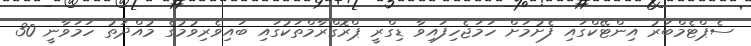
ސެޕްޓެމްބަރު އިންޓޭކްގައި ފެށުމަށް ހަމަޖެހިފައިވާ ޑިގްރީ ޕްރޮގްރާމްތަކުގައި ބައިވެރިވުމުގެ މުއްދަތު ހަމަވާނީ 30